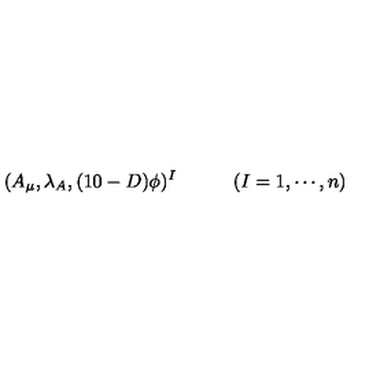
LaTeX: ( A _ { \mu } , \lambda _ { A } , ( 1 0 - D ) \phi ) ^ { I } \qquad \quad ( I = 1 , \cdots , n )